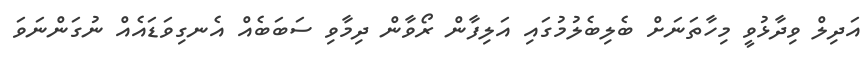
އަދިލް ވިދާޅުވީ މިހާތަނަށް ބެލިބެލުމުގައި އަލިފާން ރޯވާން ދިމާވި ސަބަބެއް އެނގިވަޑައެއް ނުގަންނަވަ